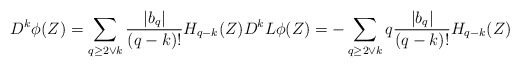
\begin{align*}D^ k\phi(Z)=\sum_{q\geq 2\vee k} \frac{|b_{q}|}{(q-k)!} H_{q-k}(Z)D^ kL\phi(Z)=-\sum_{q\geq 2\vee k} q\frac{|b_{q}|}{(q-k)!} H_{q-k}(Z)\end{align*}